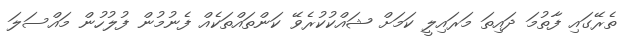
ތެރޭގައި ފާތުމަ ދައިތަ މަރައިލީ ކަމަށް ޝައްކުކުރެވޭ ކަންތައްތަކެއް ފެނުމުން ފުލުހުން މައްސަލަ